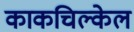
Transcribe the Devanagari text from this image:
काकचिल्केल